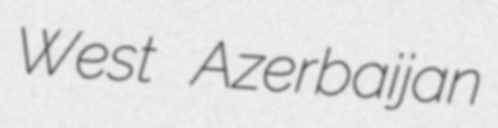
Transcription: West Azerbaijan